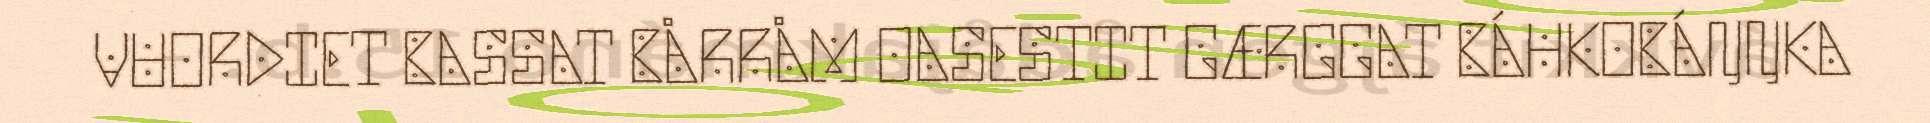
VUORDIET BASSAT BÅRRÅM OASESTIT GÆRGGAT BÁHKOBÁŊŊKA